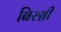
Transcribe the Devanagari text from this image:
बिरञ्ची